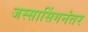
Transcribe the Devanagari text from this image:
जस्सासिंगनंतर